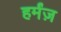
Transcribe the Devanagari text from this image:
हर्मंज़